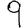
Digit: 9